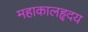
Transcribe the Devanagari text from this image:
महाकालहृदय